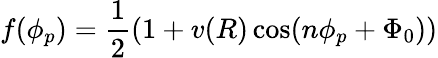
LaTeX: f(\phi_{p})=\frac{1}{2}(1+v(R)\cos(n\phi_{p}+\Phi_{0}))